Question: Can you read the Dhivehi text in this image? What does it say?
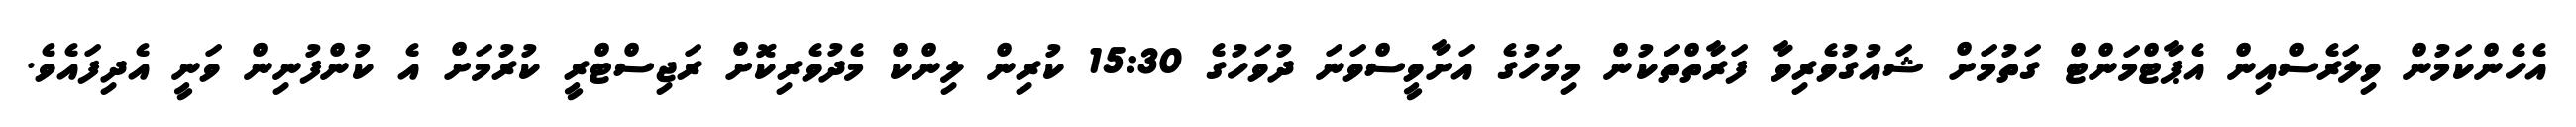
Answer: އެހެންކަމުން ވިލަރެސްއިން އެޕާޓްމަންޓް ގަތުމަށް ޝައުގުވެރިވާ ފަރާތްތަކުން މިމަހުގެ އަށާވީސްވަނަ ދުވަހުގެ 15:30 ކުރިން ލިންކް މެދުވެރިކޮށް ރަޖިސްޓްރީ ކުރުމަށް އެ ކުންފުނިން ވަނީ އެދިފައެވެ.